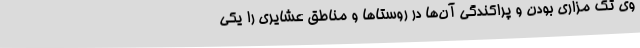
وی تک مزاری بودن و پراکندگی آن‌ها در روستاها و مناطق عشایری را یکی